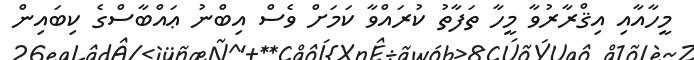
މީހާއާއި އިޤްރާރުވާ މީހާ ތަފާތު ކުރައްވާ ކަމަށް ވެސް އިބްނު ޢައްބާސްގެ ކިބައިން